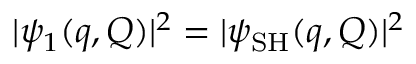
\vert \psi _ { 1 } ( q , Q ) \vert ^ { 2 } = \vert \psi _ { \mathrm { S H } } ( q , Q ) \vert ^ { 2 }